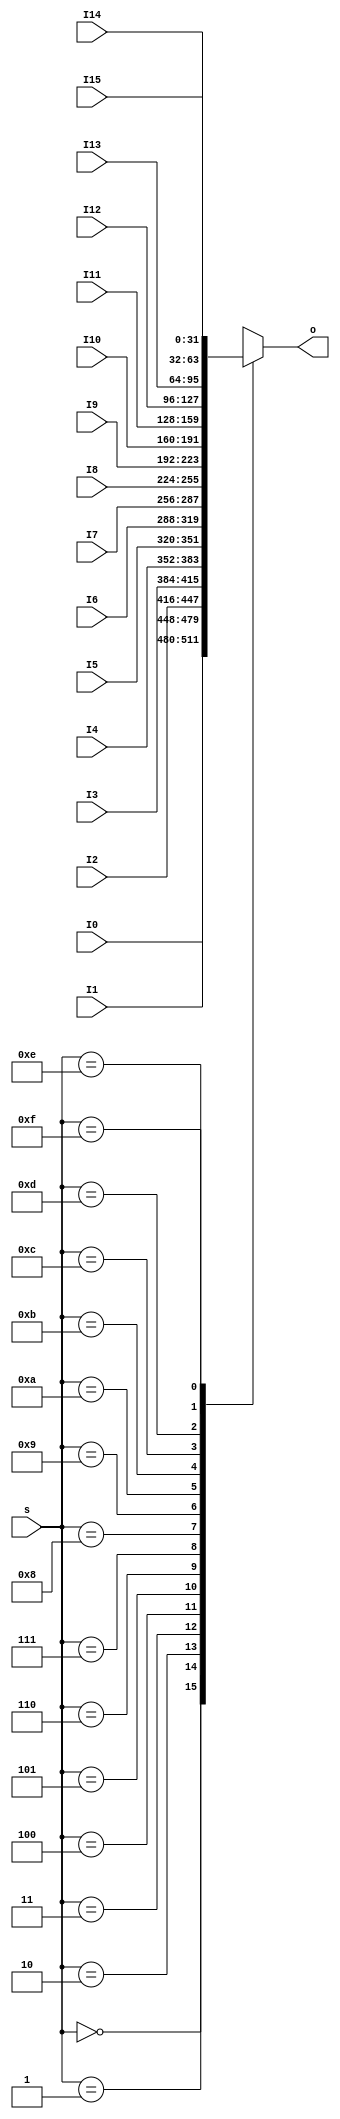
`timescale 1ns / 1ps
//////////////////////////////////////////////////////////////////////////////////
// Company: 
// Engineer: 
// 
// Design Name: 
// Module Name: MUX16T1_32
// Project Name: 
// Target Devices: 
// Tool Versions: 
// Description: 
// 
// Dependencies: 
// 
// Revision:
// Revision 0.01 - File Created
// Additional Comments:
// 
//////////////////////////////////////////////////////////////////////////////////


module MUX16T1_32(
input wire[3:0] s,
input wire[31:0] I0,
input wire[31:0] I1,
input wire[31:0] I2,
input wire[31:0] I3,
input wire[31:0] I4,
input wire[31:0] I5,
input wire[31:0] I6,
input wire[31:0] I7,
input wire[31:0] I8,
input wire[31:0] I9,
input wire[31:0] I10,
input wire[31:0] I11,
input wire[31:0] I12,
input wire[31:0] I13,
input wire[31:0] I14,
input wire[31:0] I15,
output reg [31:0] o
    );
    always @(*) begin
        case(s)
        4'b0000: o = I0;
        4'b0001: o = I1;
        4'b0010: o = I2;
        4'b0011: o = I3;
        4'b0100: o = I4;
        4'b0101: o = I5;
        4'b0110: o = I6;
        4'b0111: o = I7;
        4'b1000: o = I8;
        4'b1001: o = I9;
        4'b1010: o = I10;
        4'b1011: o = I11;
        4'b1100: o = I12;
        4'b1101: o = I13;
        4'b1110: o = I14;
        4'b1111: o = I15;
        endcase
    end
endmodule